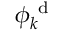
\phi _ { k } ^ { \mathrm { ~ d ~ } }